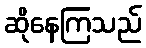
ဆိုနေကြသည်